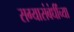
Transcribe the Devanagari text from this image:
सग्यासंबंधींच्या